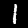
Label: 1